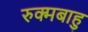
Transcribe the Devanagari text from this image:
रुक्मबाहु